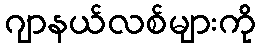
ဂျာနယ်လစ်များကို